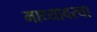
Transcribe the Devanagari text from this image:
माथ्यावरचा